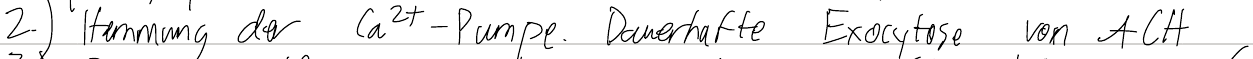
2.) Hemmung der Ca2+-Pumpe. Dauerhafte Exocytose von ACH